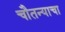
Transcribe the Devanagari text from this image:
चौतन्याचा